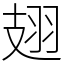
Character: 翅